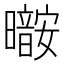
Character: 𰖷